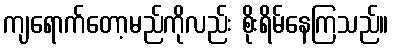
ကျရောက်တော့မည်ကိုလည်း စိုးရိမ်နေကြသည်။